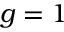
g = 1